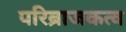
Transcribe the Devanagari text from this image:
परिब्राजकत्व